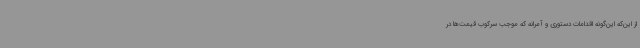
از این‌که این‌گونه اقدامات دستوری و آمرانه که موجب سرکوب قیمت‌ها در